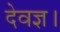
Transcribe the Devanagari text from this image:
देवज्ञ।